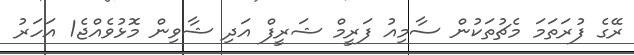
ރޭގެ ފުރަތަމަ މެޗުތަކުން ސާމިއު ފަރީމް ޝަރީފް އަދި ޝާވިން މޮޅުވެއްޖެ1 އަހަރު